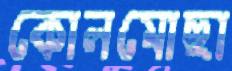
কোলমোছা